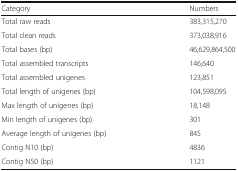
<table><thead><tr><td><b>Category</b></td><td><b>Numbers</b></td></tr></thead><tbody><tr><td>Total raw reads</td><td>383,315,270</td></tr><tr><td>Total clean reads</td><td>373,038,916</td></tr><tr><td>Total bases (bp)</td><td>46,629,864,500</td></tr><tr><td>Total assembled transcripts</td><td>146,640</td></tr><tr><td>Total assembled unigenes</td><td>123,851</td></tr><tr><td>Total length of unigenes (bp)</td><td>104,598,095</td></tr><tr><td>Max length of unigenes (bp)</td><td>18,148</td></tr><tr><td>Min length of unigenes (bp)</td><td>301</td></tr><tr><td>Average length of unigenes (bp)</td><td>845</td></tr><tr><td>Contig N10 (bp)</td><td>4836</td></tr><tr><td>Contig N50 (bp)</td><td>1121</td></tr></tbody></table>